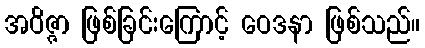
အဝိဇ္ဇာ ဖြစ်ခြင်းကြောင့် ဝေဒနာ ဖြစ်သည်။